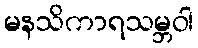
မနသိကာရသမ္ဘဝါ